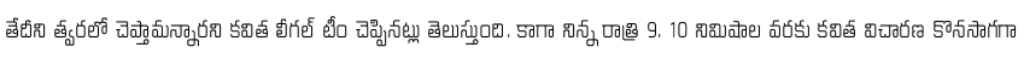
తేదీని త్వరలో చెప్తామన్నారని కవిత లీగల్ టీం చెప్పినట్లు తెలుస్తుంది. కాగా నిన్న రాత్రి 9. 10 నిమిషాల వరకు కవిత విచారణ కొనసాగగా